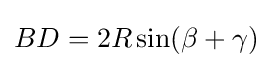
BD=2R\sin(\beta +\gamma )